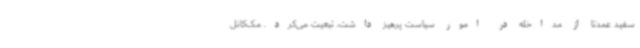
سفید عمدتا از مداخله در امور سیاست پرهیز داشت، تبعیت می‌کرد. مک‌کانل